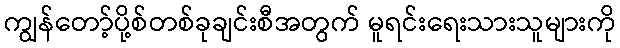
ကျွန်တော့်ပို့စ်တစ်ခုချင်းစီအတွက် မူရင်းရေးသားသူများကို